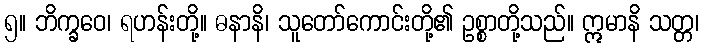
၅။ ဘိက္ခဝေ၊ ရဟန်းတို့။ ဓနာနိ၊ သူတော်ကောင်းတို့၏ ဥစ္စာတို့သည်။ ဣမာနိ သတ္တ၊